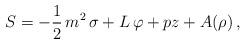
LaTeX: \begin{align*}S = - {1\over 2} \,{{m^2}\,\sigma }+ L\,\varphi + pz+ A(\rho ) \, ,\end{align*}